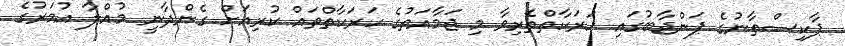
ޕާކިސްތާނުގެ ޕަންޖާބުގައި ހަރަކާތްތެރިވާ މި ޖަމާއަތުގެ ހަރަކާތްތައް ކުރިއަށް ގެންދާނީ މުއްލާ އުމަރުގެ